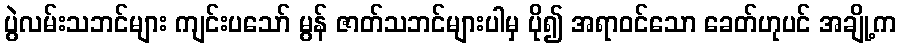
ပွဲလမ်းသဘင်များ ကျင်းပသော် မွန် ဇာတ်သဘင်များပါမှ ပို၍ အရာဝင်သော ခေတ်ဟုပင် အချို့က